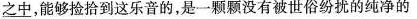
之中，能够捡拾到这乐音的，是一颗颗没有被世俗纷扰的纯净的